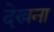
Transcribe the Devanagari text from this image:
देख्रना